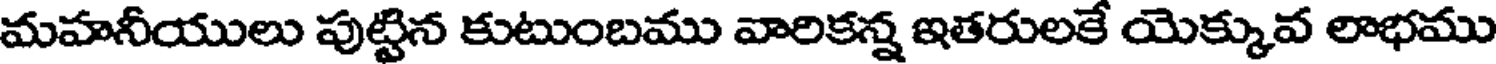
మహనీయులు పుట్టిన కుటుంబము వారికన్న ఇతరులకే యెక్కువ లాభము